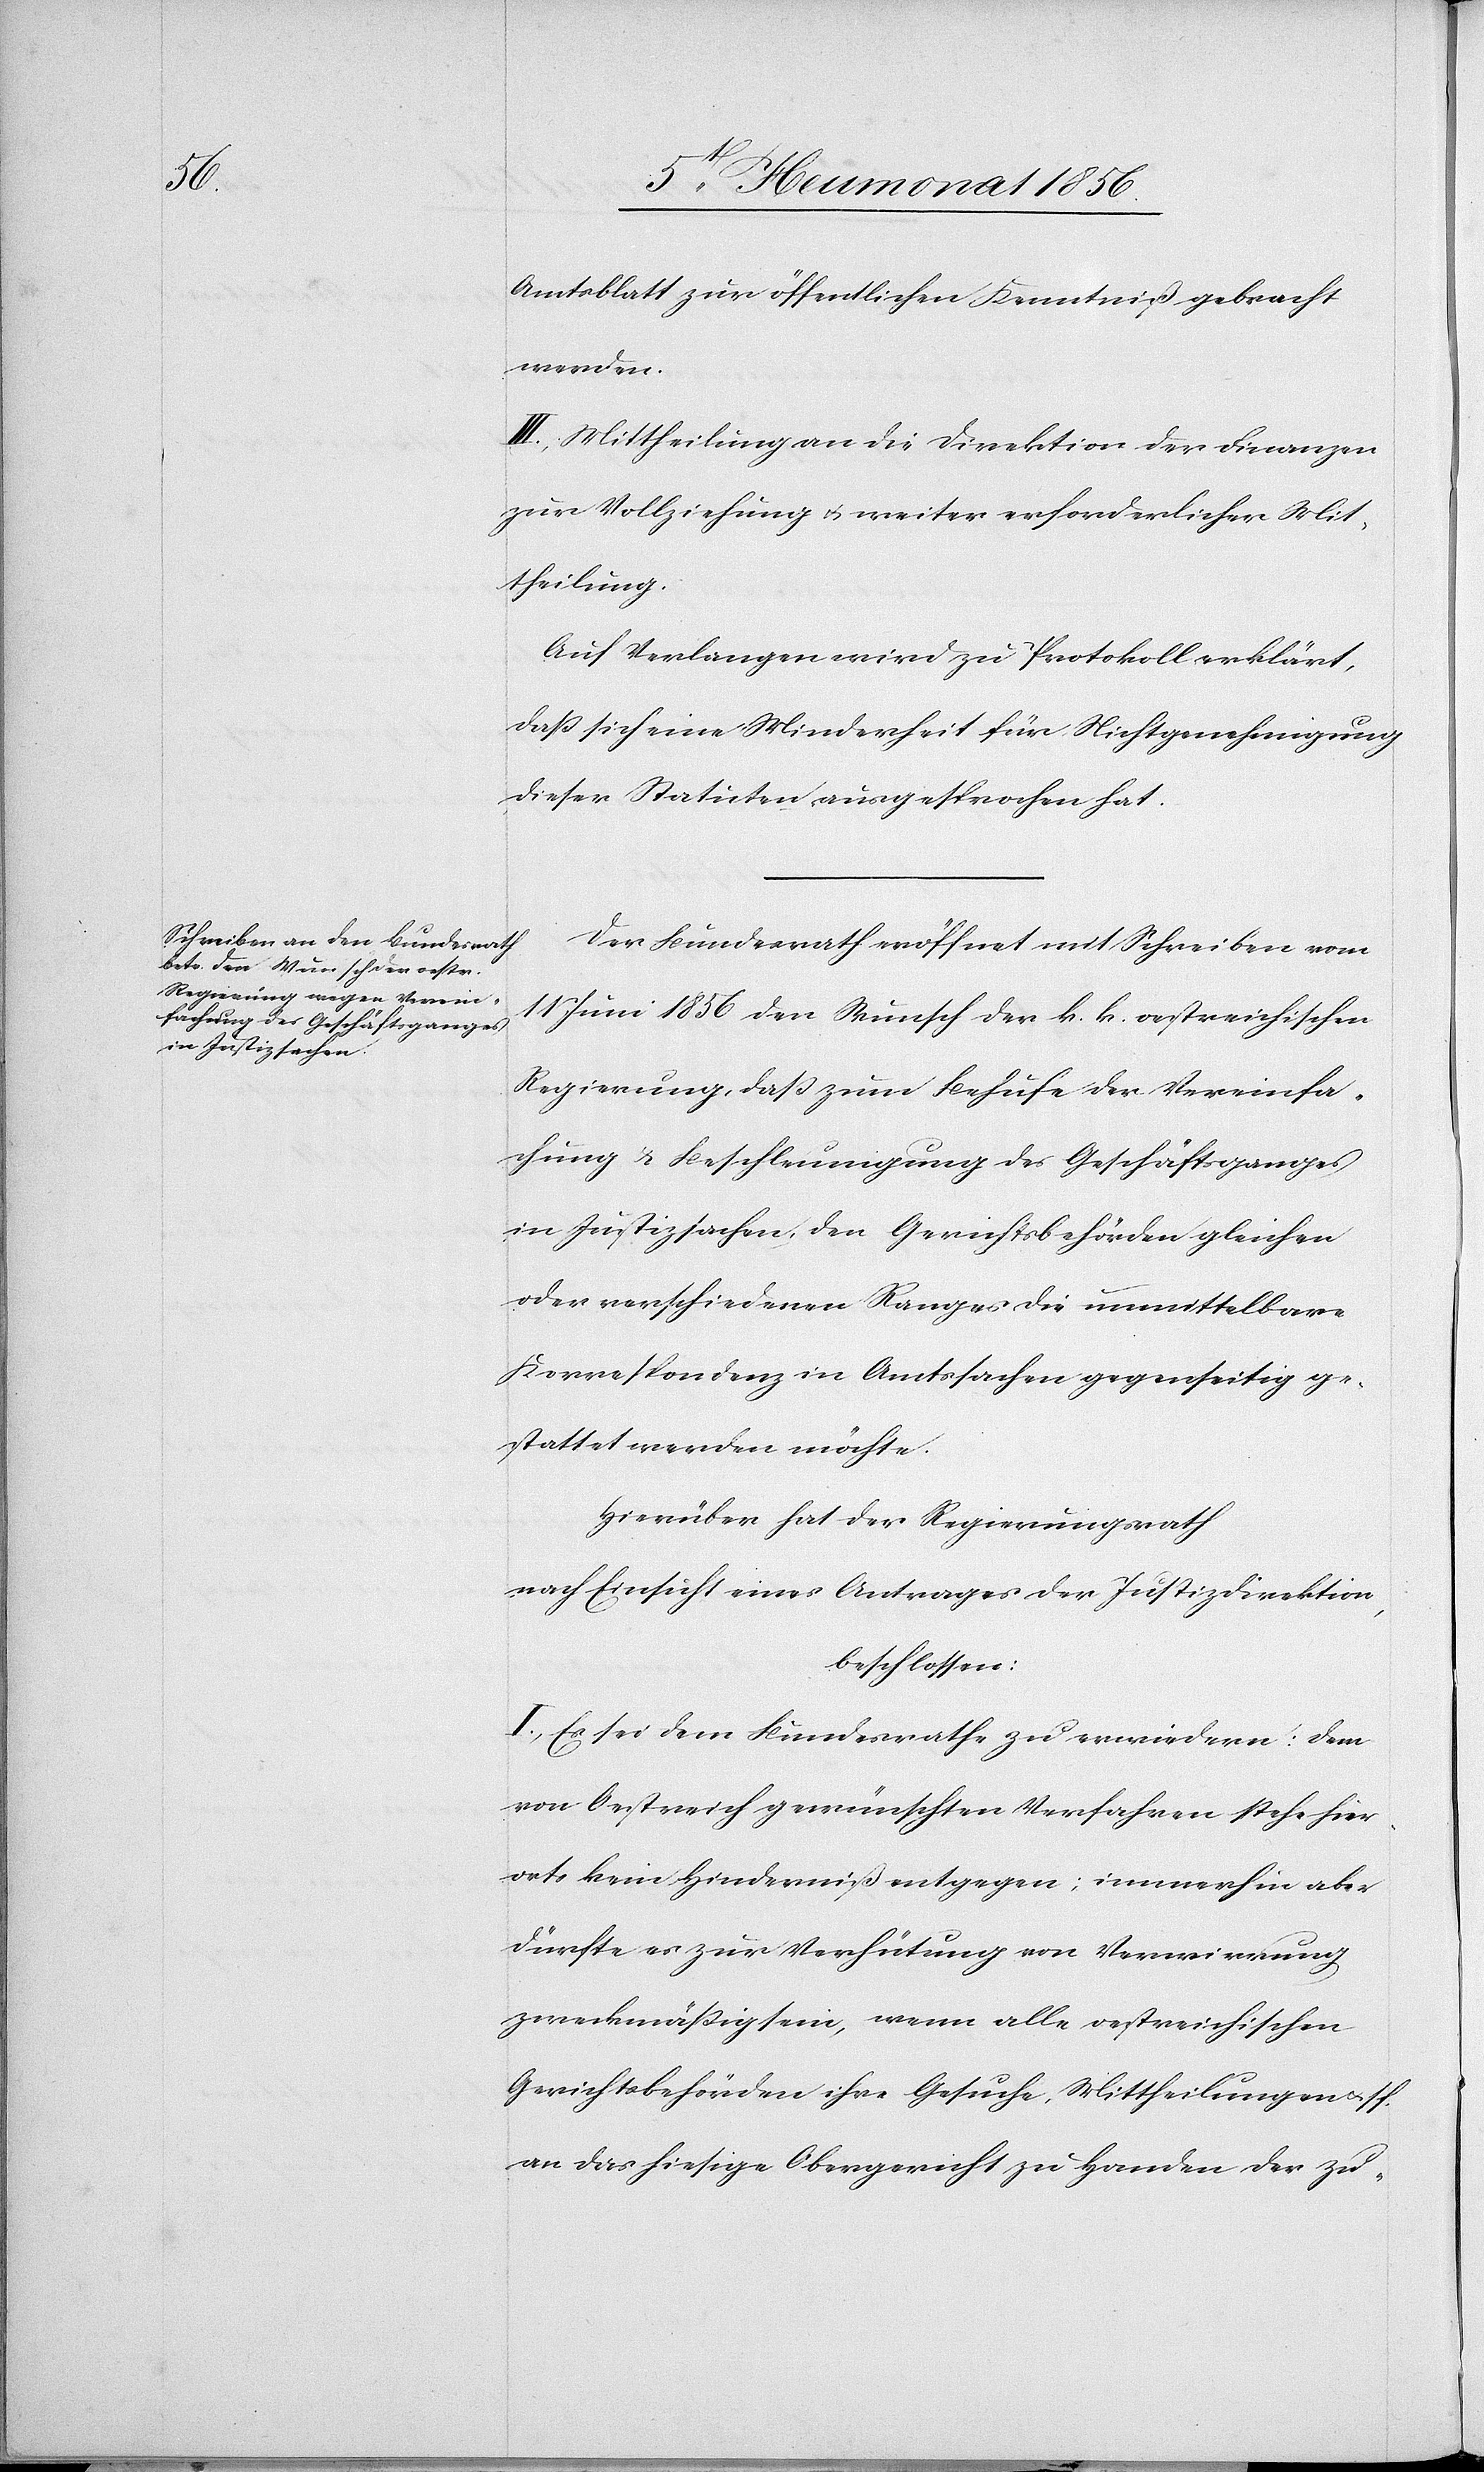
Amtsblatt zur öffentlichen Kenntniß gebracht
werden.
III.) Mittheilung an die Direktion der Finanzen
zur Vollziehung u. weiter erforderlicher Mit¬
theilung.
Auf Verlangen wird zu Protokoll erklärt,
dass sich eine Minderheit für Nichtgenehmigung
dieser Statuten ausgesprochen hat.
Der Bundesrath eröffnet mit Schreiben vom
11 Juni 1856 den Wunsch der k. k. oestreichischen
Regierung, dass zum Behufe der Vereinfa¬
chung & Beschleunigung des Geschäftsganges
in Justizsachen, den Gerichtsbehörden gleichen
oder verschiedenen Ranges die unmittelbare
Korrespondenz in Amtssachen gegenseitig ge¬
stattet werden möchte.
Hierüber hat der Regierungsrath
nach Einsicht eines Antrages der Justizdirektion
beschlossen:
I.) Es sei dem Bundesrathe zu erwiedern: dem
von Oestreich gewünschten Verfahren stehe hier¬
orts kein Hinderniß entgegen; immerhin aber
dürfte es zur Verhütung von Verwirrung
zweckmässig sein, wenn alle oestreichischen
Gerichtsbehörden ihre Gesuche, Mittheilung u. s f.
an das hiesige Obergericht zu Handen der zu-